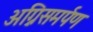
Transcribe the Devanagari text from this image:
अग्निसमर्पण